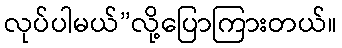
လုပ်ပါမယ်”လို့ပြောကြားတယ်။